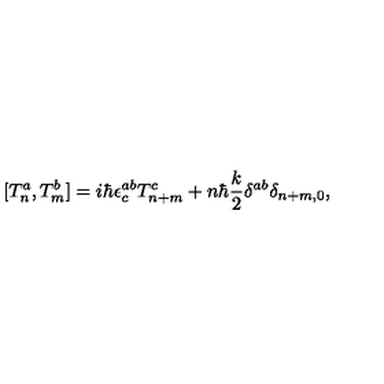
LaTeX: [ T _ { n } ^ { a } , T _ { m } ^ { b } ] = i \hbar \epsilon _ { c } ^ { a b } T _ { n + m } ^ { c } + n \hbar \frac { k } { 2 } \delta ^ { a b } \delta _ { n + m , 0 } ,